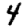
Digit: 4